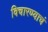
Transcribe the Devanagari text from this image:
विचारण्याचं